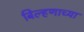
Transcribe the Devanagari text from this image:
बिल्हणाच्या